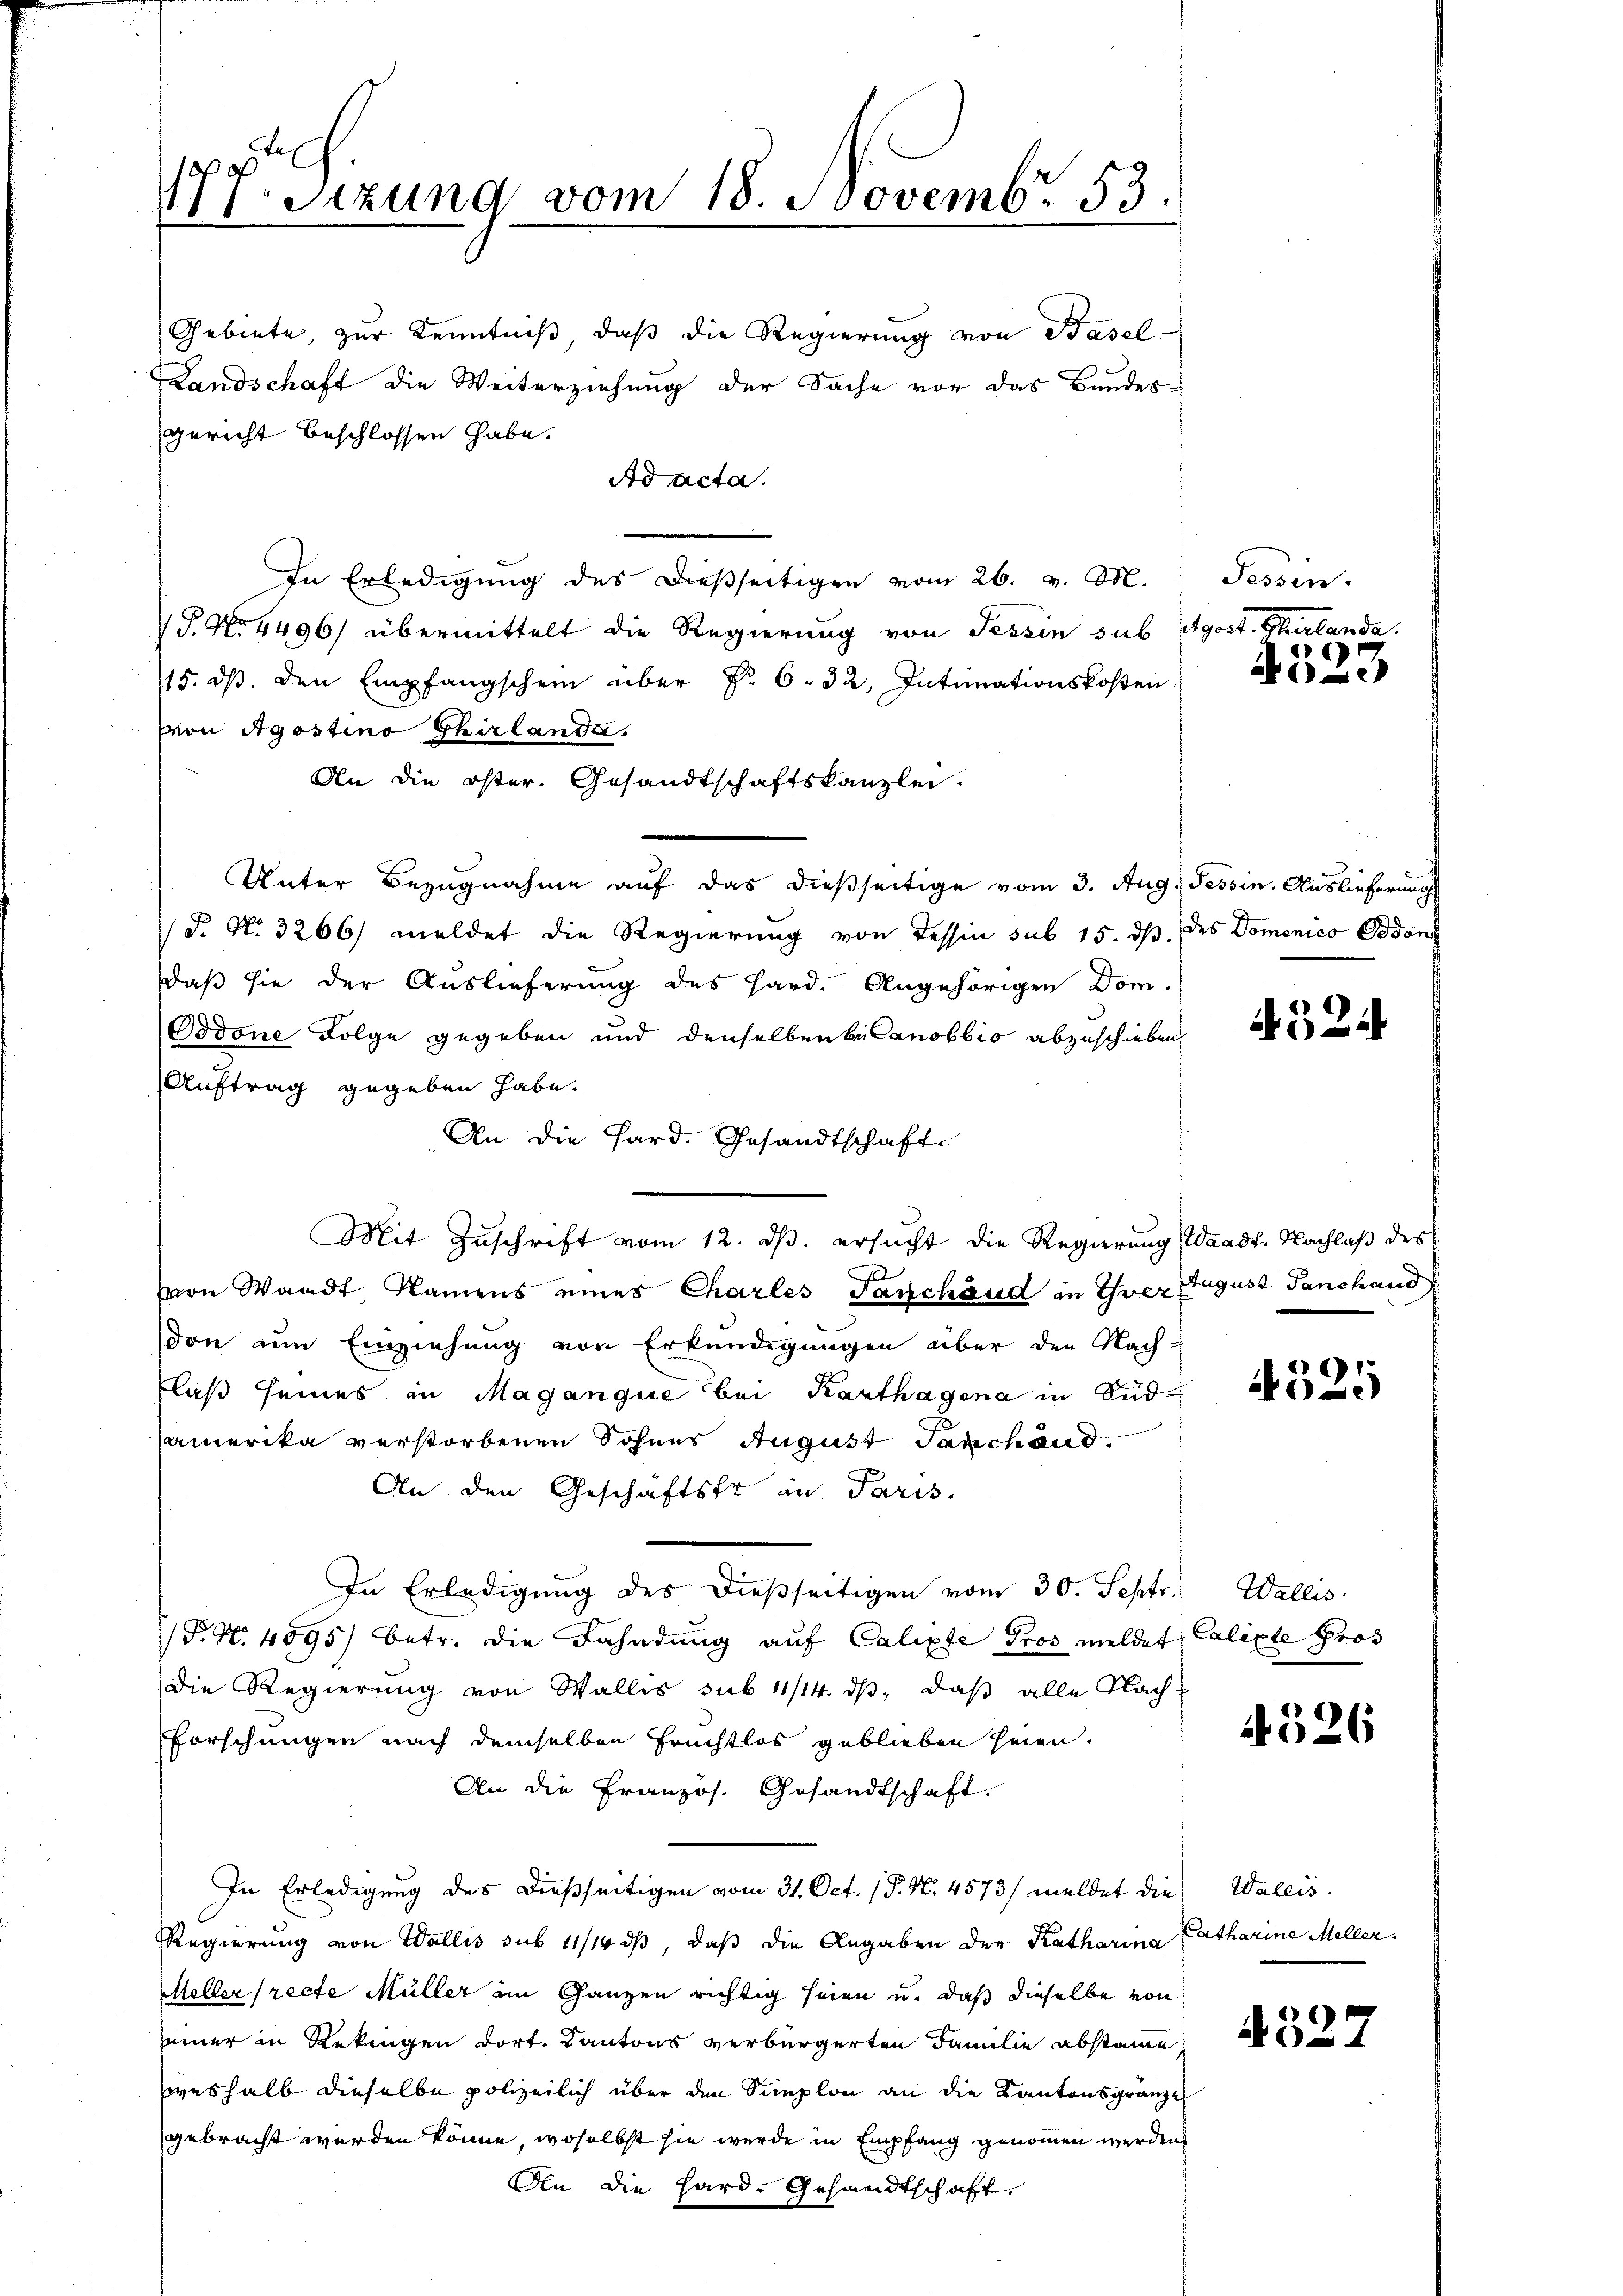
1.sizung vom 18. Novemb. 53.

Gebiete, zur Kenntniß, daß die Regierung von Basel-
Landschaft die Weiterziehung der Sache vor das Bundes-
gericht beschlossen habe.
Ad acta.
In Erledigung des dießseitigen vom 26. v. M.
T. No 4496) übermittelt die Regierung von Tessin sub Agost. Thurlanda.
15. dβ. den Empfangschein über Nr. 6. 32, Intimationskosten
von Apostino Thirlande.
An die öster. Gesandtschaftskanzlei.
Unter Bezugnahme auf das dießseitige vom 3. Aug. Tessin. Auslieferung
S. Nr. 3266/ meldet die Regierung von Tessin sub 15. ds. des Domenico Oedens
daß sie der Auslieferung des Hard. Angehörigen Dom-
Oodone Folge gegeben und denselben belanobbio abzuschieben
Auftrag gegeben habe.
An die Hard. Gesandtschaft
Mit Zuschrift vom 12. ds. ersucht die Regierung Waadt, Nachlaß des
von Waadt Namens eines Charles Tanchäud in Ihrer August Panchand
don um Einziehung von Erkundigungen über den Nach-
aß seines in Maganque bei Karthagena in Südamerika verstorbenen Sohnes August Sanchend.
An den Geschäftstr in Paris.
In Erledigung des dießseitigen vom 30. Septr.
P. N. 4895) betr. die Fahndung auf Calixte Pros meldet Calipte Gros
Die Regierung von Wallis sub 11/14. ds, daß alle Nach¬
Forschungen nach demselben Fruchtlos geblieben seien.
An die Französ. Gesandtschaft.
In Erledigung des dießseitigen vom 31. Oct. P. Nr. 4573/ meldet die Wallis.
Regierung von Wallis sub 11/1 ds, daß die Angaben der Katharina
Meller (recte Müller im Ganzen richtig seien u. daß dieselbe von
seiner in Rekingen dort. Kantons verbürgerten Familie abstaine
weshalb dieselbe polizeilich über den Simplon an die Kantonsgränze
gebracht werden könne, woselbst sie wurde in Empfang genommen werden.
An die Hard. Gesandtschaft,

Tessin.

4523

A.524

4325

Wallis.

4526

Catharine Meller.

4527